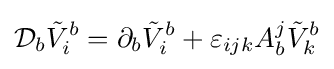
{\mathcal {D}}_{b}{\tilde {V}}_{i}^{b}=\partial _{b}{\tilde {V}}_{i}^{b}+\varepsilon _{ijk}A_{b}^{j}{\tilde {V}}_{k}^{b}